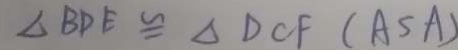
\Delta B D E \cong \Delta D C F ( A S A )